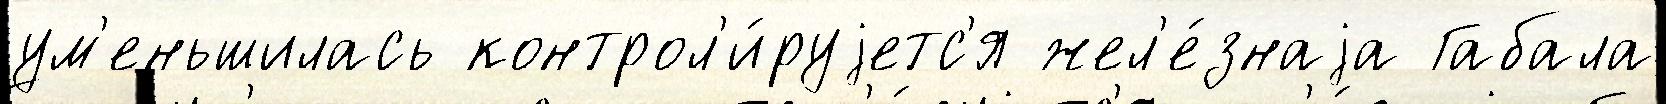
ум'еньшилась контрол'и́руjетс'я жел'е́знаjа Габала